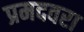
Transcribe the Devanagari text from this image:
प्रमदवरा